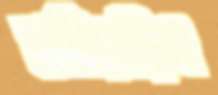
তাতিয়েছিল